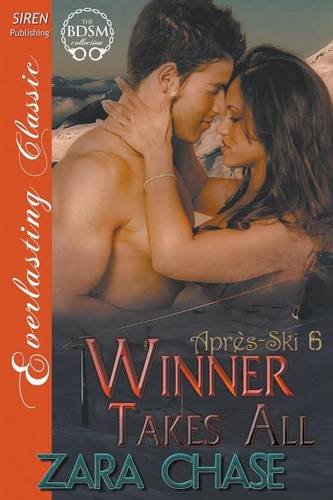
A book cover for Winner Takes All [Apres-Ski 6] (Siren Publishing Everlasting Classic); Zara Chase; Romance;